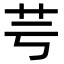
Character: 芌